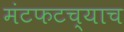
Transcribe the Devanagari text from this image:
मंटफटच्याच